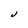
Character: J